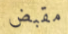
مقبض